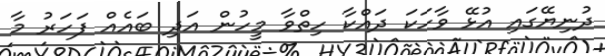
ދުނިޔޭގައި އުޅޭ ވާހަކަ ދައްކާ ހިތްވާ މީހުން އަދި ބައެއް ފަހަރު މާ